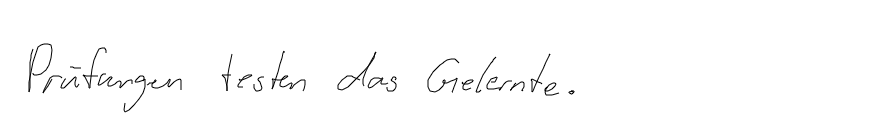
Prüfungen testen das Gelernte.